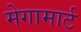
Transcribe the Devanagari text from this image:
मेगामार्ट